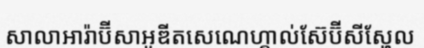
សាលាអារ៉ាប៊ីសាអូឌីតសេណេហ្គាល់ស៊ែប៊ីសីស្ហែល